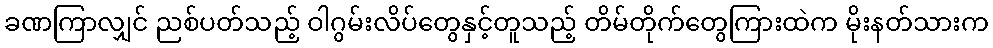
ခဏကြာလျှင် ညစ်ပတ်သည့် ဝါဂွမ်းလိပ်တွေနှင့်တူသည့် တိမ်တိုက်တွေကြားထဲက မိုးနတ်သားက